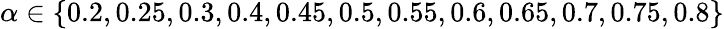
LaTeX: \alpha\in\{ 0.2,0.25,0.3,0.4,0.45,0.5,0.55,0.6,0.65,0.7,0.75,0.8\}